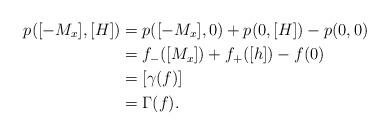
LaTeX: \begin{align*}p([-M_x],[H])&=p([-M_x],0)+p(0,[H])-p(0,0)\\&=f_- ([M_x])+f_+([h])-f(0)\\&=[\gamma(f)]\\&=\Gamma(f).\end{align*}